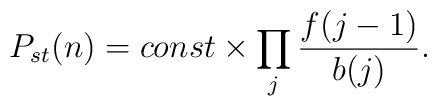
P_{st}(n)=const\times \prod _{j} \frac{f(j-1)}{b(j)}.